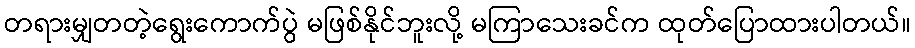
တရားမျှတတဲ့ရွေးကောက်ပွဲ မဖြစ်နိုင်ဘူးလို့ မကြာသေးခင်က ထုတ်ပြောထားပါတယ်။